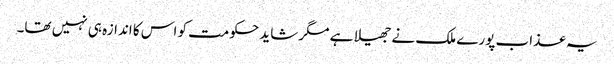
یہ عذاب پورے ملک نے جھیلا ہے مگر شاید حکومت کو اس کا اندازہ ہی نہیں تھا۔